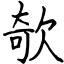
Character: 欹